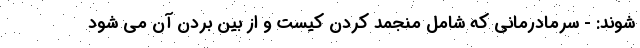
شوند: - سرمادرمانی که شامل منجمد کردن کیست و از بین بردن آن می شود